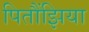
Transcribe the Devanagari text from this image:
पितौंझिया